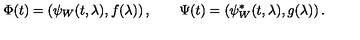
\Phi ( t ) = \left( \psi _ { W } ( t , \lambda ) , f ( \lambda ) \right) , \qquad \Psi ( t ) = \left( \psi _ { W } ^ { * } ( t , \lambda ) , g ( \lambda ) \right) .